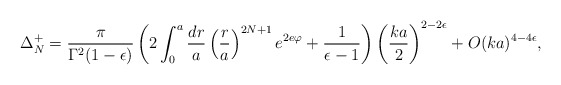
\begin{align*}\Delta^{+}_N = \frac{\pi}{\Gamma^2(1-\epsilon)} \left( 2 \int^a_0 \frac{dr}{a} \left(\frac{r}{a}\right)^{2N+1} e^{2 e \varphi} + \frac{1}{\epsilon - 1}\right) \left(\frac{ka}{2}\right)^{2 - 2\epsilon} + O(ka)^{4-4\epsilon},\end{align*}